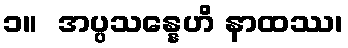
၁။  အပ္ပသန္နေဟိ နာထဿ၊